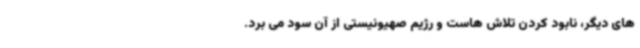
های دیگر، نابود کردن تلاش هاست و رژیم صهیونیستی از آن سود می برد.